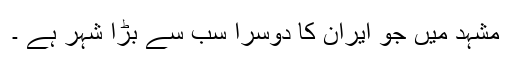
مشہد میں جو ایران کا دوسرا سب سے بڑا شہر ہے ۔